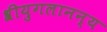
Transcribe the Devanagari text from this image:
श्रीयुगलानन्य